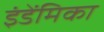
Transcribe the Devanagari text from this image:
इंडेंमिका